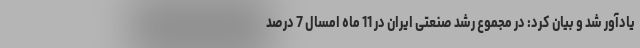
یادآور شد و بیان کرد: در مجموع رشد صنعتی ایران در 11 ماه امسال 7 درصد